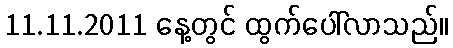
11.11.2011 နေ့တွင် ထွက်ပေါ်လာသည်။